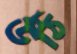
উঠি